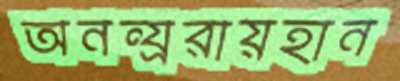
অনন্য্ররায়হান